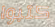
كتبوا